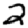
Digit: 2